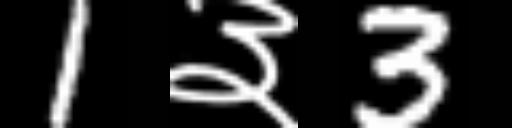
Text: 1३3